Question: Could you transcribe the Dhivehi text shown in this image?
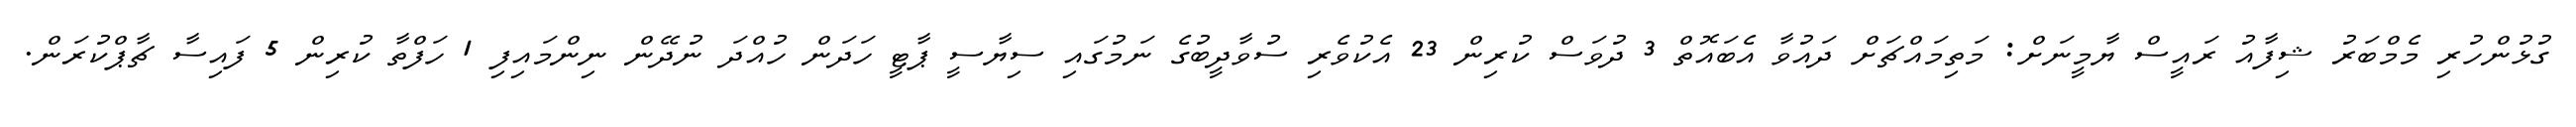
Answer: ގުޅުންހުރި މެމްބަރު ޝިފާއު ރައީސް ޔާމީނަށް: މަތިމައްޗަށް ދައުވާ އެބައޮތް 3 ދުވަސް ކުރިން 23 އެކުވެރި ސުވާދީބުގެ ނަމުގައި ސިޔާސީ ޕާޓީ ހަދަން ހުއްދަ ނުދޭން ނިންމައިފި 1 ހަފްތާ ކުރިން 5 ފައިސާ ޗާޕްކުރަން.